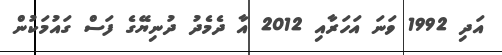
އަދި 1992 ވަނަ އަހަރާއި 2012 އާ ދެމެދު ދުނިޔޭގެ ފަސް ގައުމަކުން